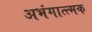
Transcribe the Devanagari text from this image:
अभंगात्त्मक